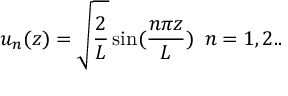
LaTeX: u _ { n } ( z ) = \sqrt { \frac { 2 } { L } } \sin ( \frac { n \pi z } { L } ) \, \, \, n = 1 , 2 . .